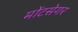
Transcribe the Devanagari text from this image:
मोंटसेगर